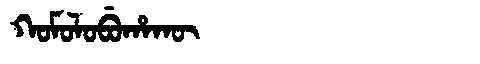
Manchu: ᡴᠣᠮᠣᠯᠣᠪᡠᡥᠠᡴᡡ
Romanization: KOMOLOBUHAKŪ